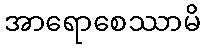
အာရောစေဿာမိ